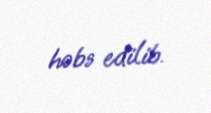
həbs edilib.